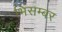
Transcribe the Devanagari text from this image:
भिसम्बर